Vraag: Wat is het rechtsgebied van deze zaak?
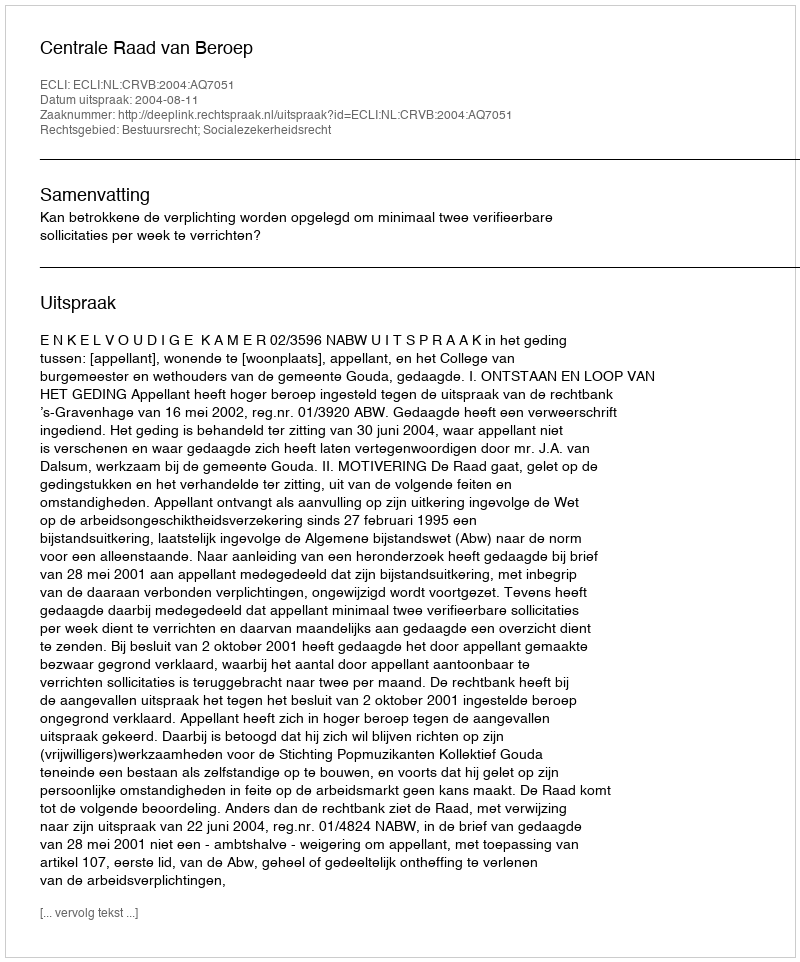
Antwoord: Bestuursrecht; Socialezekerheidsrecht